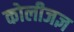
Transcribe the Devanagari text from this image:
कोलीजज्ञ